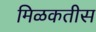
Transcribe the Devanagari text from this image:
मिळकतीस